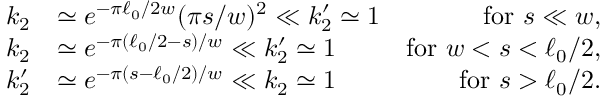
\begin{array} { r l r } { k _ { 2 } } & { \simeq e ^ { - \pi \ell _ { 0 } / 2 w } ( \pi s / w ) ^ { 2 } \ll k _ { 2 } ^ { \prime } \simeq 1 } & { \mathrm { f o r ~ } s \ll w , } \\ { k _ { 2 } } & { \simeq e ^ { - \pi ( \ell _ { 0 } / 2 - s ) / w } \ll k _ { 2 } ^ { \prime } \simeq 1 } & { \mathrm { f o r ~ } w < s < \ell _ { 0 } / 2 , } \\ { k _ { 2 } ^ { \prime } } & { \simeq e ^ { - \pi ( s - \ell _ { 0 } / 2 ) / w } \ll k _ { 2 } \simeq 1 } & { \mathrm { f o r ~ } s > \ell _ { 0 } / 2 . } \end{array}